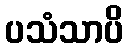
ပသံသာပိ